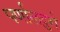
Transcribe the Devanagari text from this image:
पर्णालदुर्ग